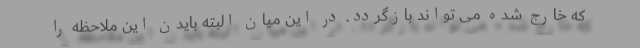
که خارج شده می تواند بازگردد. در این میان البته بایدن این ملاحظه را